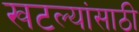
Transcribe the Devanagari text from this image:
खटल्यांसाठी